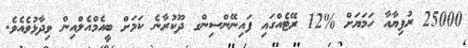
25000 ރުފިޔާއާ ހަމަޔަށް %12 ރޭޓެއްގައި ފައިނޭންސިންގ ދޫކުރާނެ ކަމަށް ބީއެމްއެލްއިން ވިދާޅުވެއެވެ.